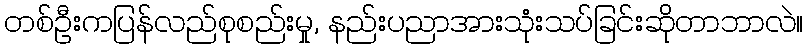
တစ်ဦးကပြန်လည်စုစည်းမှု, နည်းပညာအားသုံးသပ်ခြင်းဆိုတာဘာလဲ။